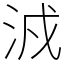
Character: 㳚